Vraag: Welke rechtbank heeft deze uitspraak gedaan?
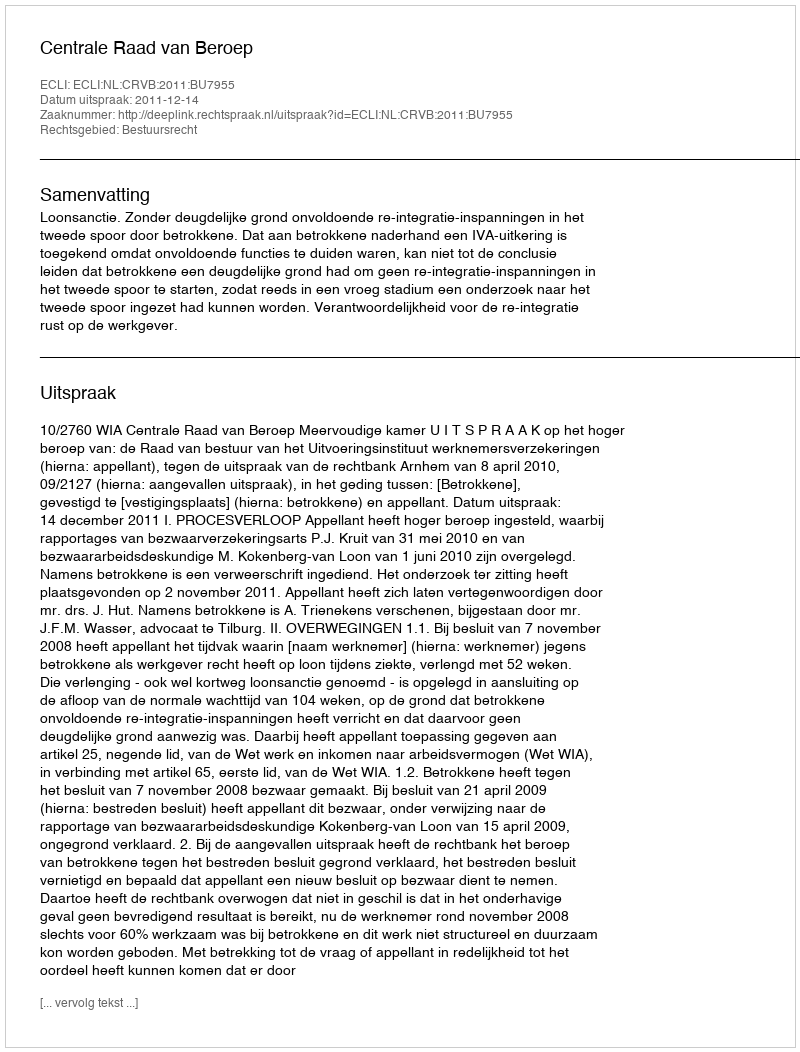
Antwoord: Centrale Raad van Beroep